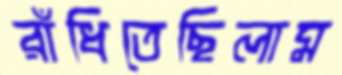
রাঁধিতেছিলাম